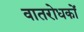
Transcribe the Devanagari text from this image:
वातरोधकों